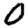
Digit: 0